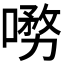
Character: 𭊞